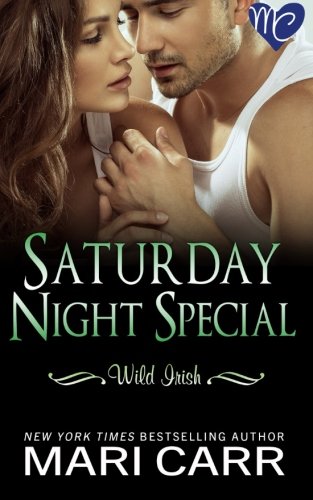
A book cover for Saturday Night Special (Wild Irish) (Volume 6); Mari Carr; Romance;